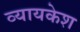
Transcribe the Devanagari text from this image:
व्यायकेश